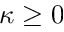
\kappa \geq 0